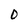
Character: O